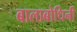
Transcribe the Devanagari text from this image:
बालाबोधिनी